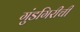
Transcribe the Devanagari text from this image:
गुंडगिरीची